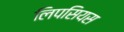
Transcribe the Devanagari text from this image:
लिपसियस